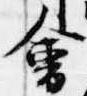
会